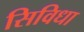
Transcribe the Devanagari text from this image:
सिविधा